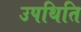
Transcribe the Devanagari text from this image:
उपथिति